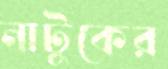
নাটুকের